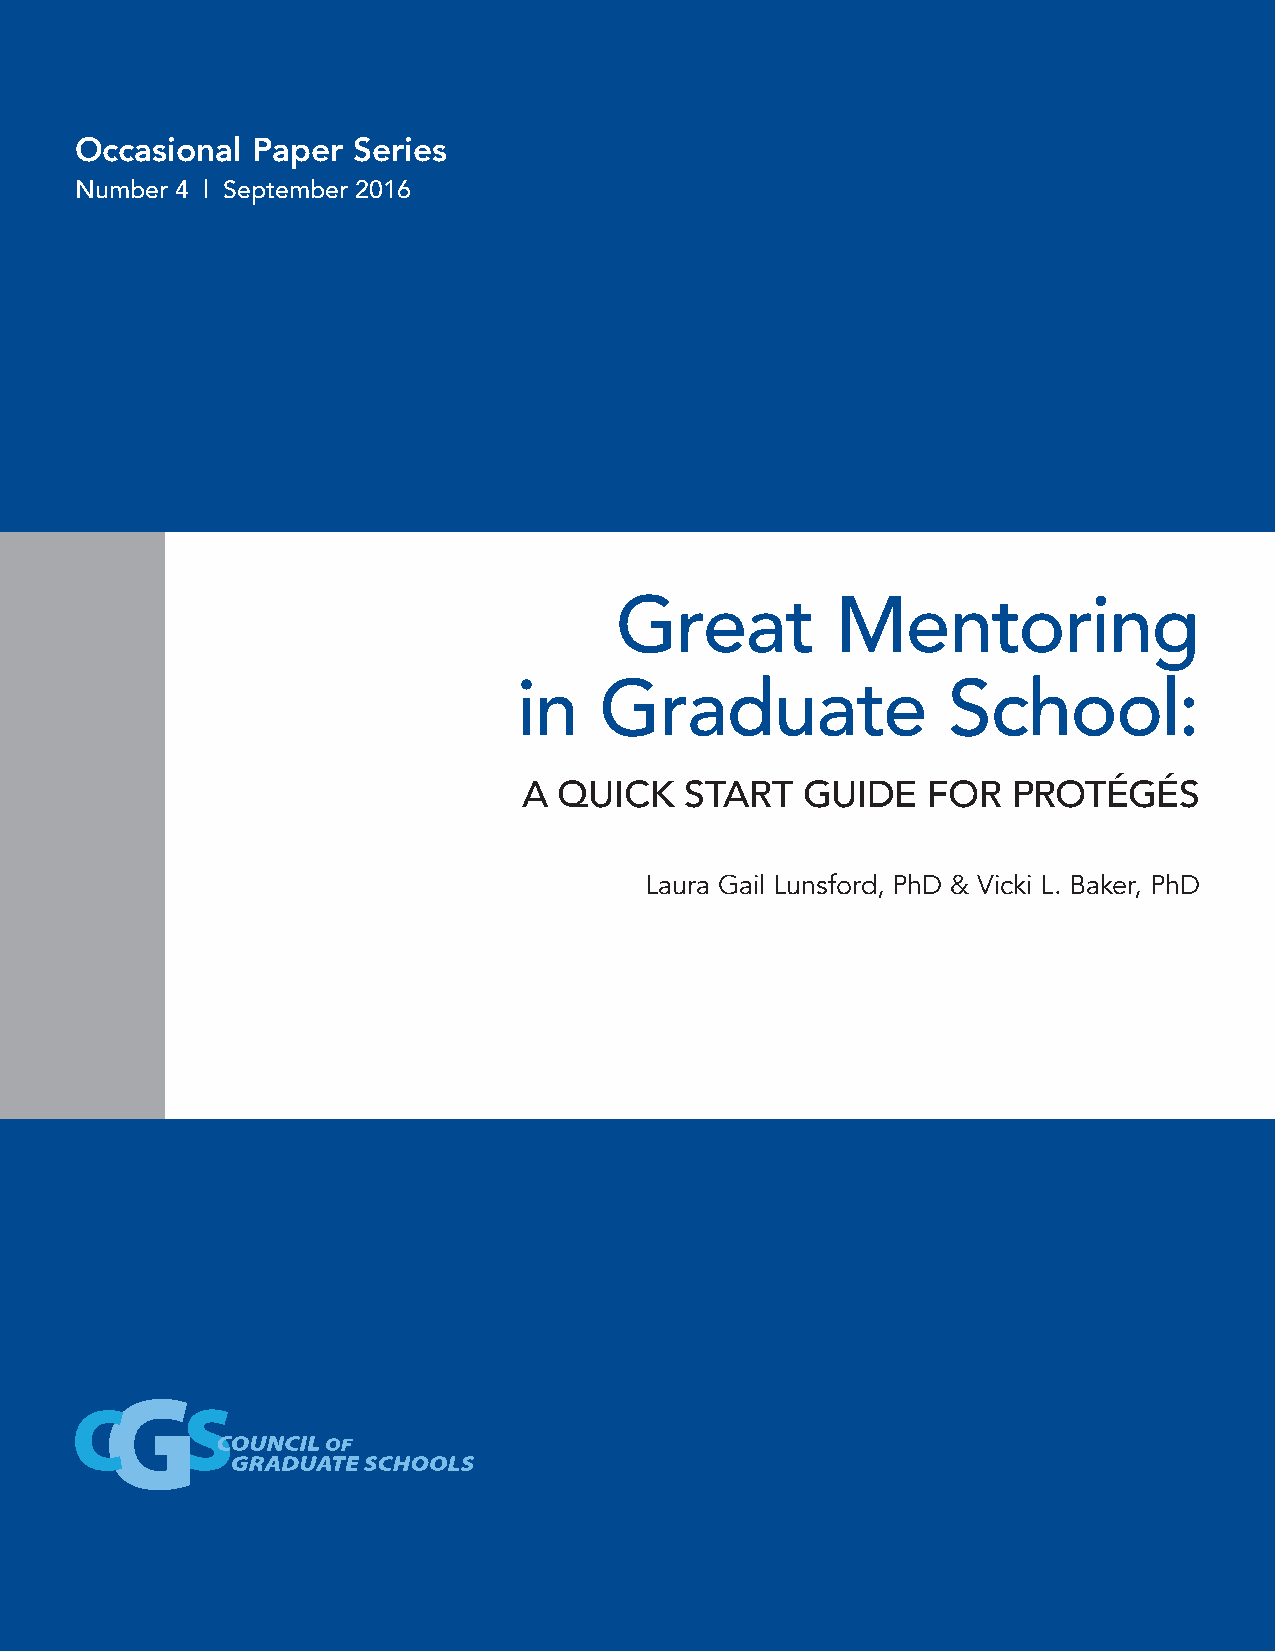
Occasional  Paper Series
 Number 4 | September 2016
 Great         Mentoring
 in    Graduate               School:
 A QUICK   START   GUIDE   FOR   PROTÉGÉS
 Laura Gail Lunsford, PhD & Vicki L. Baker, PhD